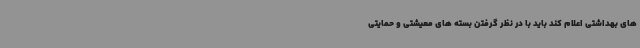
های بهداشتی اعلام کند باید با در نظر گرفتن بسته های معیشتی و حمایتی